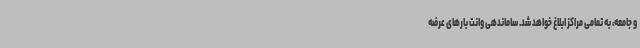
و جامعه، به تمامی مراکز ابلاغ خواهد شد. ساماندهی وانت بارهای عرضه